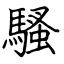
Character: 騷